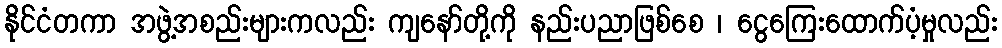
နိုင်ငံတကာ အဖွဲ့အစည်းများကလည်း ကျနော်တို့ကို နည်းပညာဖြစ်စေ ၊ ငွေကြေးထောက်ပံ့မှုလည်း